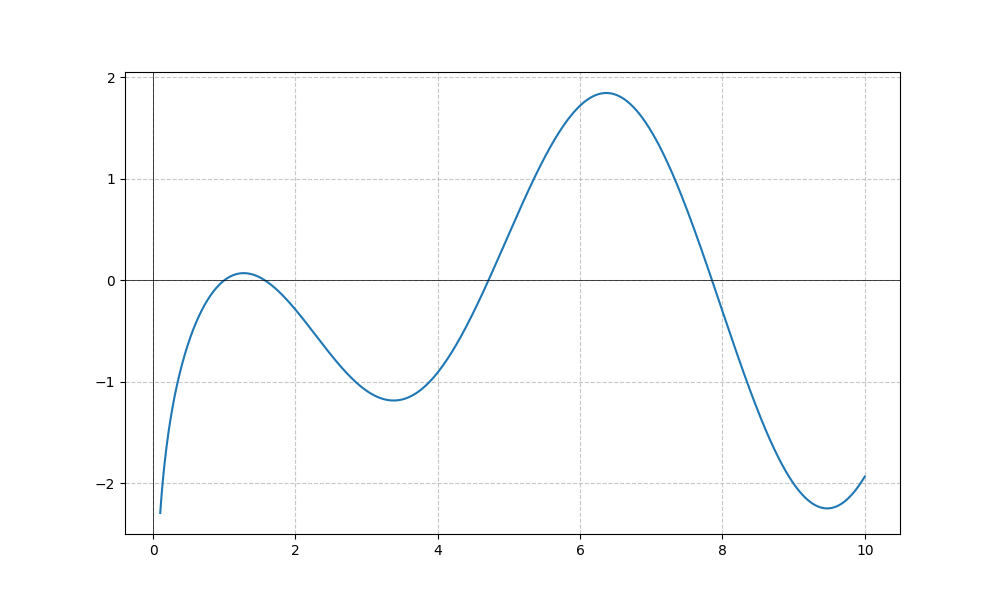
LaTeX formula: \log{\left(x \right)} \cos{\left(x \right)}